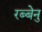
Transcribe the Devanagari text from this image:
रब्बेनु